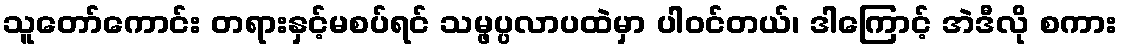
သူတော်ကောင်း တရားနှင့်မစပ်ရင် သမ္ဖပ္ပလာပထဲမှာ ပါဝင်တယ်၊ ဒါကြောင့် အဲဒီလို စကား